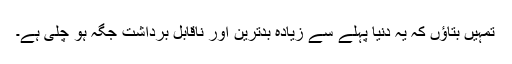
تمہیں بتاؤں کہ یہ دنیا پہلے سے زیادہ بدترین اور ناقابل برداشت جگہ ہو چلی ہے۔